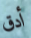
أدق